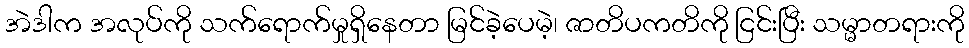
အဲဒါက အလုပ်ကို သက်ရောက်မှုရှိနေတာ မြင်ခဲ့ပေမဲ့၊ ဇာတိပကတိကို ငြင်းပြီး သမ္မာတရားကို